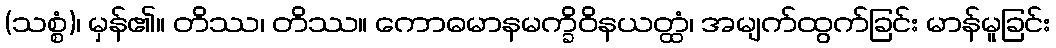
(သစ္စံ)၊ မှန်၏။ တိဿ၊ တိဿ။ ကောဓမာနမက္ခိဝိနယတ္ထံ၊ အမျက်ထွက်ခြင်း မာန်မူခြင်း